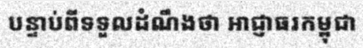
បន្ទាប់ពីទទួលដំណឹងថា អាជ្ញាធរកម្ពុជា